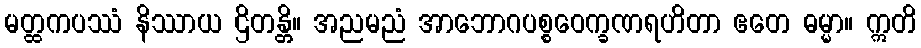
မတ္ထကပဿံ နိဿာယ ဌိတန္တိ။ အညမညံ အာဘောဂပစ္စဝေက္ခဏရဟိတာ ဧတေ ဓမ္မာ။ ဣတိ